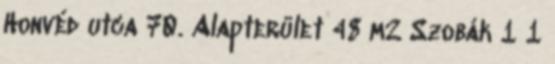
Honvéd utca 70. Alapterület 48 m2 Szobák 1 1